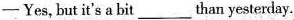
-Yes, but it's a bit___than yesterday.